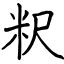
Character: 粎